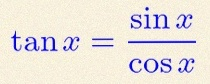
\tan x=\frac{\sin x}{\cos x}